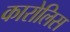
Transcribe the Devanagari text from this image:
कारोलिस